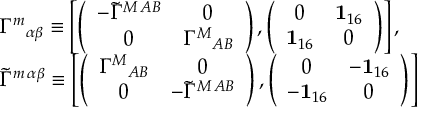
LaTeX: \begin{array} { l } { { { \Gamma ^ { m } } _ { \alpha \beta } \equiv \left[ \left( \begin{array} { c c } { { - \tilde { \Gamma } ^ { M \, A B } } } & { { 0 } } \\ { { 0 } } & { { { \Gamma ^ { M } } _ { A B } } } \end{array} \right) , \left( \begin{array} { c c } { { 0 } } & { { { \bf 1 } _ { 1 6 } } } \\ { { { \bf 1 } _ { 1 6 } } } & { { 0 } } \end{array} \right) \right] , } } \\ { { \tilde { \Gamma } ^ { m \, \alpha \beta } \equiv \left[ \left( \begin{array} { c c } { { { \Gamma ^ { M } } _ { A B } } } & { { 0 } } \\ { { 0 } } & { { - \tilde { \Gamma } ^ { M \, A B } } } \end{array} \right) , \left( \begin{array} { c c } { { 0 } } & { { - { \bf 1 } _ { 1 6 } } } \\ { { - { \bf 1 } _ { 1 6 } } } & { { 0 } } \end{array} \right) \right] } } \end{array}